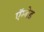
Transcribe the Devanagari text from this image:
ऍम्बेड